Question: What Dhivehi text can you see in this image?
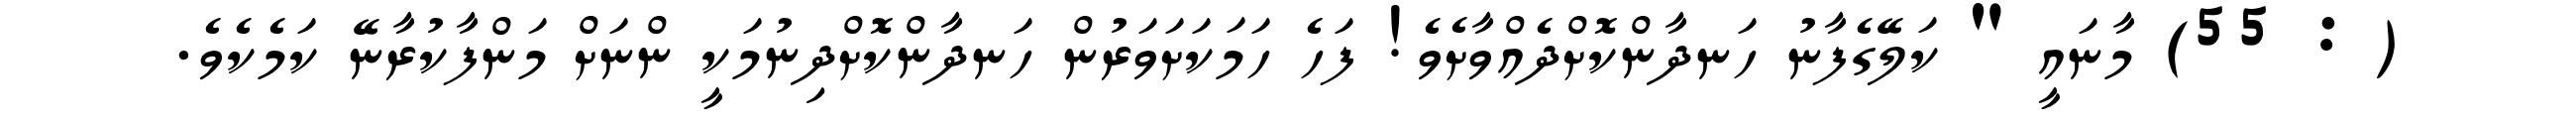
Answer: ( : 55) މާނައީ " ކަލޭގެފާނު ހަނދާންކޮށްދެއްވާށެވެ! ފަހެ ހަމަކަށަވަރުން ހަނދާންކޮށްދިނުމަކީ ންނަށް މަންފާކުރާނޭ ކަމެކެވެ.